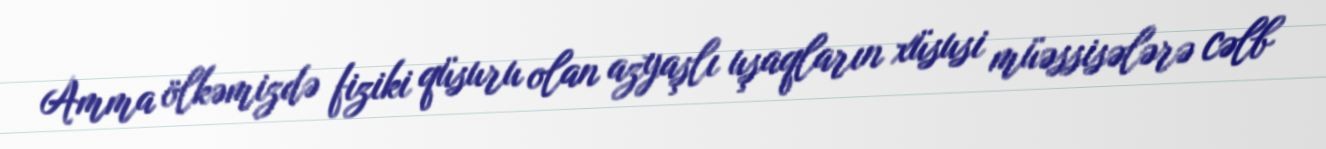
Amma ölkəmizdə fiziki qüsuru olan azyaşlı uşaqların xüsusi müəssisələrə cəlb